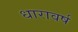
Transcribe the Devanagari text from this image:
धारावर्ष